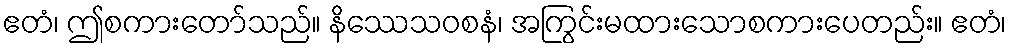
ဧတံ၊ ဤစကားတော်သည်။ နိဿေသဝစနံ၊ အကြွင်းမထားသောစကားပေတည်း။ ဧတံ၊